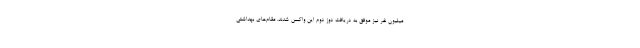
میلیون نفر نیز موفق به دریافت دوز دوم این واکسن شدند. مقام‌های بهداشتی